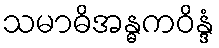
သမာဓိအန္ဓကဝိန္ဒံ